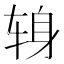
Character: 𫐍